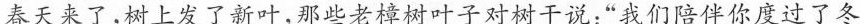
春天来了，树上发了新叶，那些老樟树叶子对树干说：”我们陪伴你度过了冬